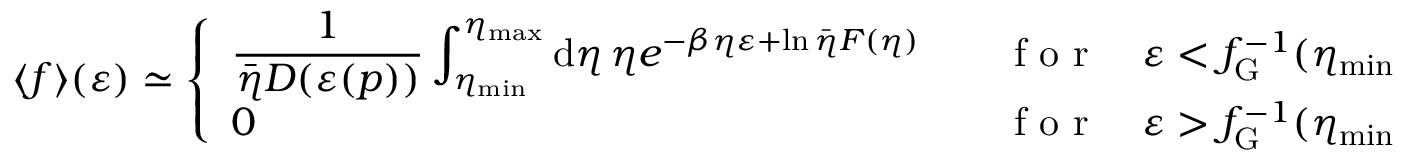
\langle f \rangle ( \varepsilon ) \simeq \left\{ \begin{array} { l l } { \displaystyle \frac { 1 } { \bar { \eta } D ( \varepsilon ( p ) ) } \int _ { \eta _ { \mathrm { m i n } } } ^ { \eta _ { \mathrm { m a x } } } \mathrm { d } \eta \, \eta e ^ { - \beta \eta \varepsilon + \ln \bar { \eta } F ( \eta ) } \quad } & { \mathrm { ~ f ~ o ~ r ~ } \quad \varepsilon < f _ { \mathrm { G } } ^ { - 1 } ( \eta _ { \mathrm { m i n } } ) , } \\ { 0 \quad } & { \mathrm { ~ f ~ o ~ r ~ } \quad \varepsilon > f _ { \mathrm { G } } ^ { - 1 } ( \eta _ { \mathrm { m i n } } ) . } \end{array} \right.